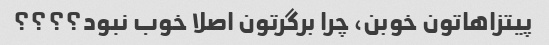
پیتزاهاتون خوبن، چرا برگرتون اصلا خوب نبود؟؟؟؟